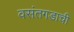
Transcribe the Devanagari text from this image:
वसंतगडाची